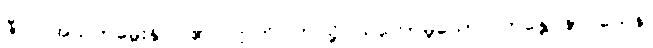
ဇီဝါ၊ အသက်မွေးနိုင်ပါ၏။ ဣတိ၊ ဤသို့ပယ်တော်မူသော်။ ဘန္တေ နာဂသေန၊